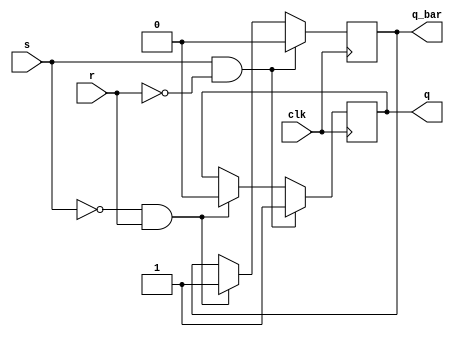
module sr_ff (
  input wire clk,
  input wire s, // set input
  input wire r, // reset input
  output reg q, // output Q
  output reg q_bar // output Q
);

always @(posedge clk) begin
  if (s && !r) begin
    q <= 1'b1; // set Q to high
    q_bar <= 1'b0; // Q to low
  end else if (!s && r) begin
    q <= 1'b0; // set Q to low
    q_bar <= 1'b1; // Q to high
  end else begin
    // retain previous state
  end
end

endmodule